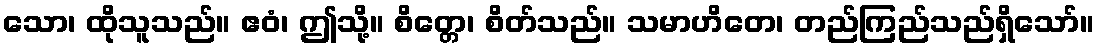
သော၊ ထိုသူသည်။ ဧဝံ၊ ဤသို့။ စိတ္တေ၊ စိတ်သည်။ သမာဟိတေ၊ တည်ကြည်သည်ရှိသော်။